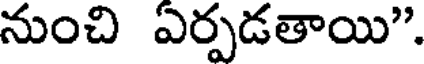
నుంచి ఏర్పడతాయి".